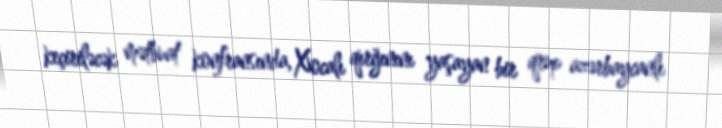
keçiriləcək mətbuat konfransında, Xocalı qırğınını yaşayan bir qrup azərbaycanlı